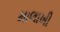
માલાખી